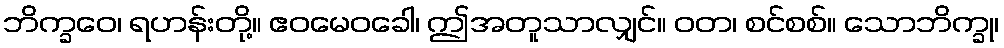
ဘိက္ခဝေ၊ ရဟန်းတို့။ ဧဝမေဝခေါ၊ ဤအတူသာလျှင်။ ဝတ၊ စင်စစ်။ သောဘိက္ခု၊